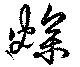
燥